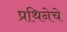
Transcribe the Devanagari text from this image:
प्रथिनेचे